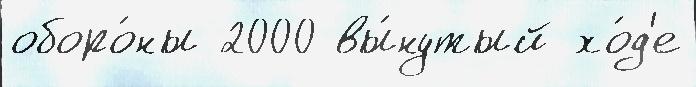
оборо́ны 2000 вы́нутый хо́д'е